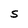
Character: S